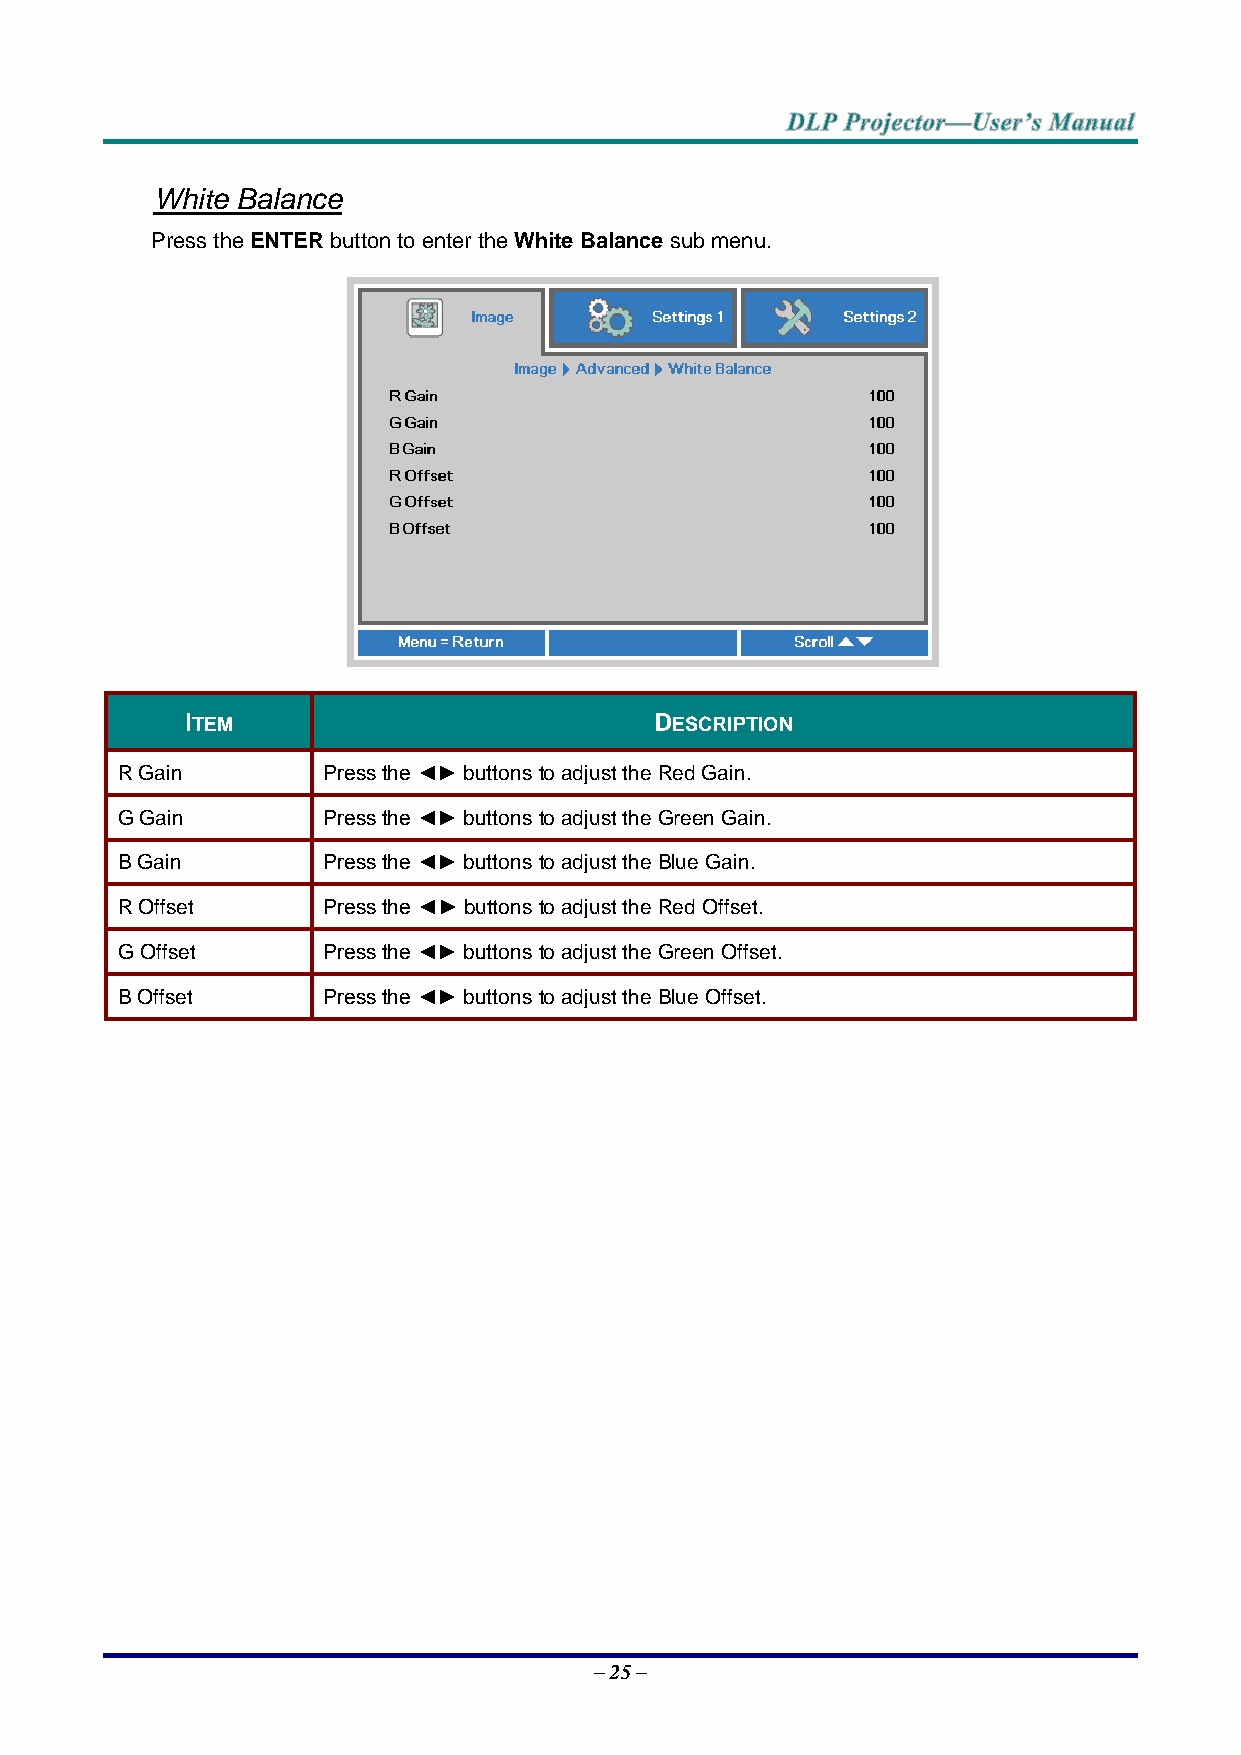
White Balance
 Press the ENTER button to enter the White Balance sub menu.
 ITEM                           DESCRIPTION
 R Gain       Press the ◄► buttons to adjust the Red Gain.
 G Gain       Press the ◄► buttons to adjust the Green Gain.
 B Gain       Press the ◄► buttons to adjust the Blue Gain.
 R Offset     Press the ◄► buttons to adjust the Red Offset.
 G Offset     Press the ◄► buttons to adjust the Green Offset.
 B Offset     Press the ◄► buttons to adjust the Blue Offset.
 – 25 –